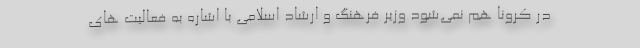
در کرونا هم نمی‌شود وزیر فرهنگ و ارشاد اسلامی با اشاره به فعالیت های